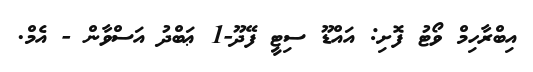
އިބްރާހިމް ވޯޓު ފޮށި: އައްޑޫ ސިޓީ ފޭދޫ-1 ޢަބްދު އަސްވާން - އެމް.